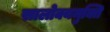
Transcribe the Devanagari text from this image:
सालोक्यमुक्ति